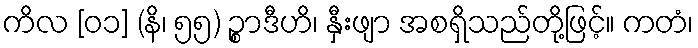
ကိလ [၀၁] (နိ၊ ၅၅) ဉ္စာဒီဟိ၊ နှီးဖျာ အစရှိသည်တို့ဖြင့်။ ကတံ၊